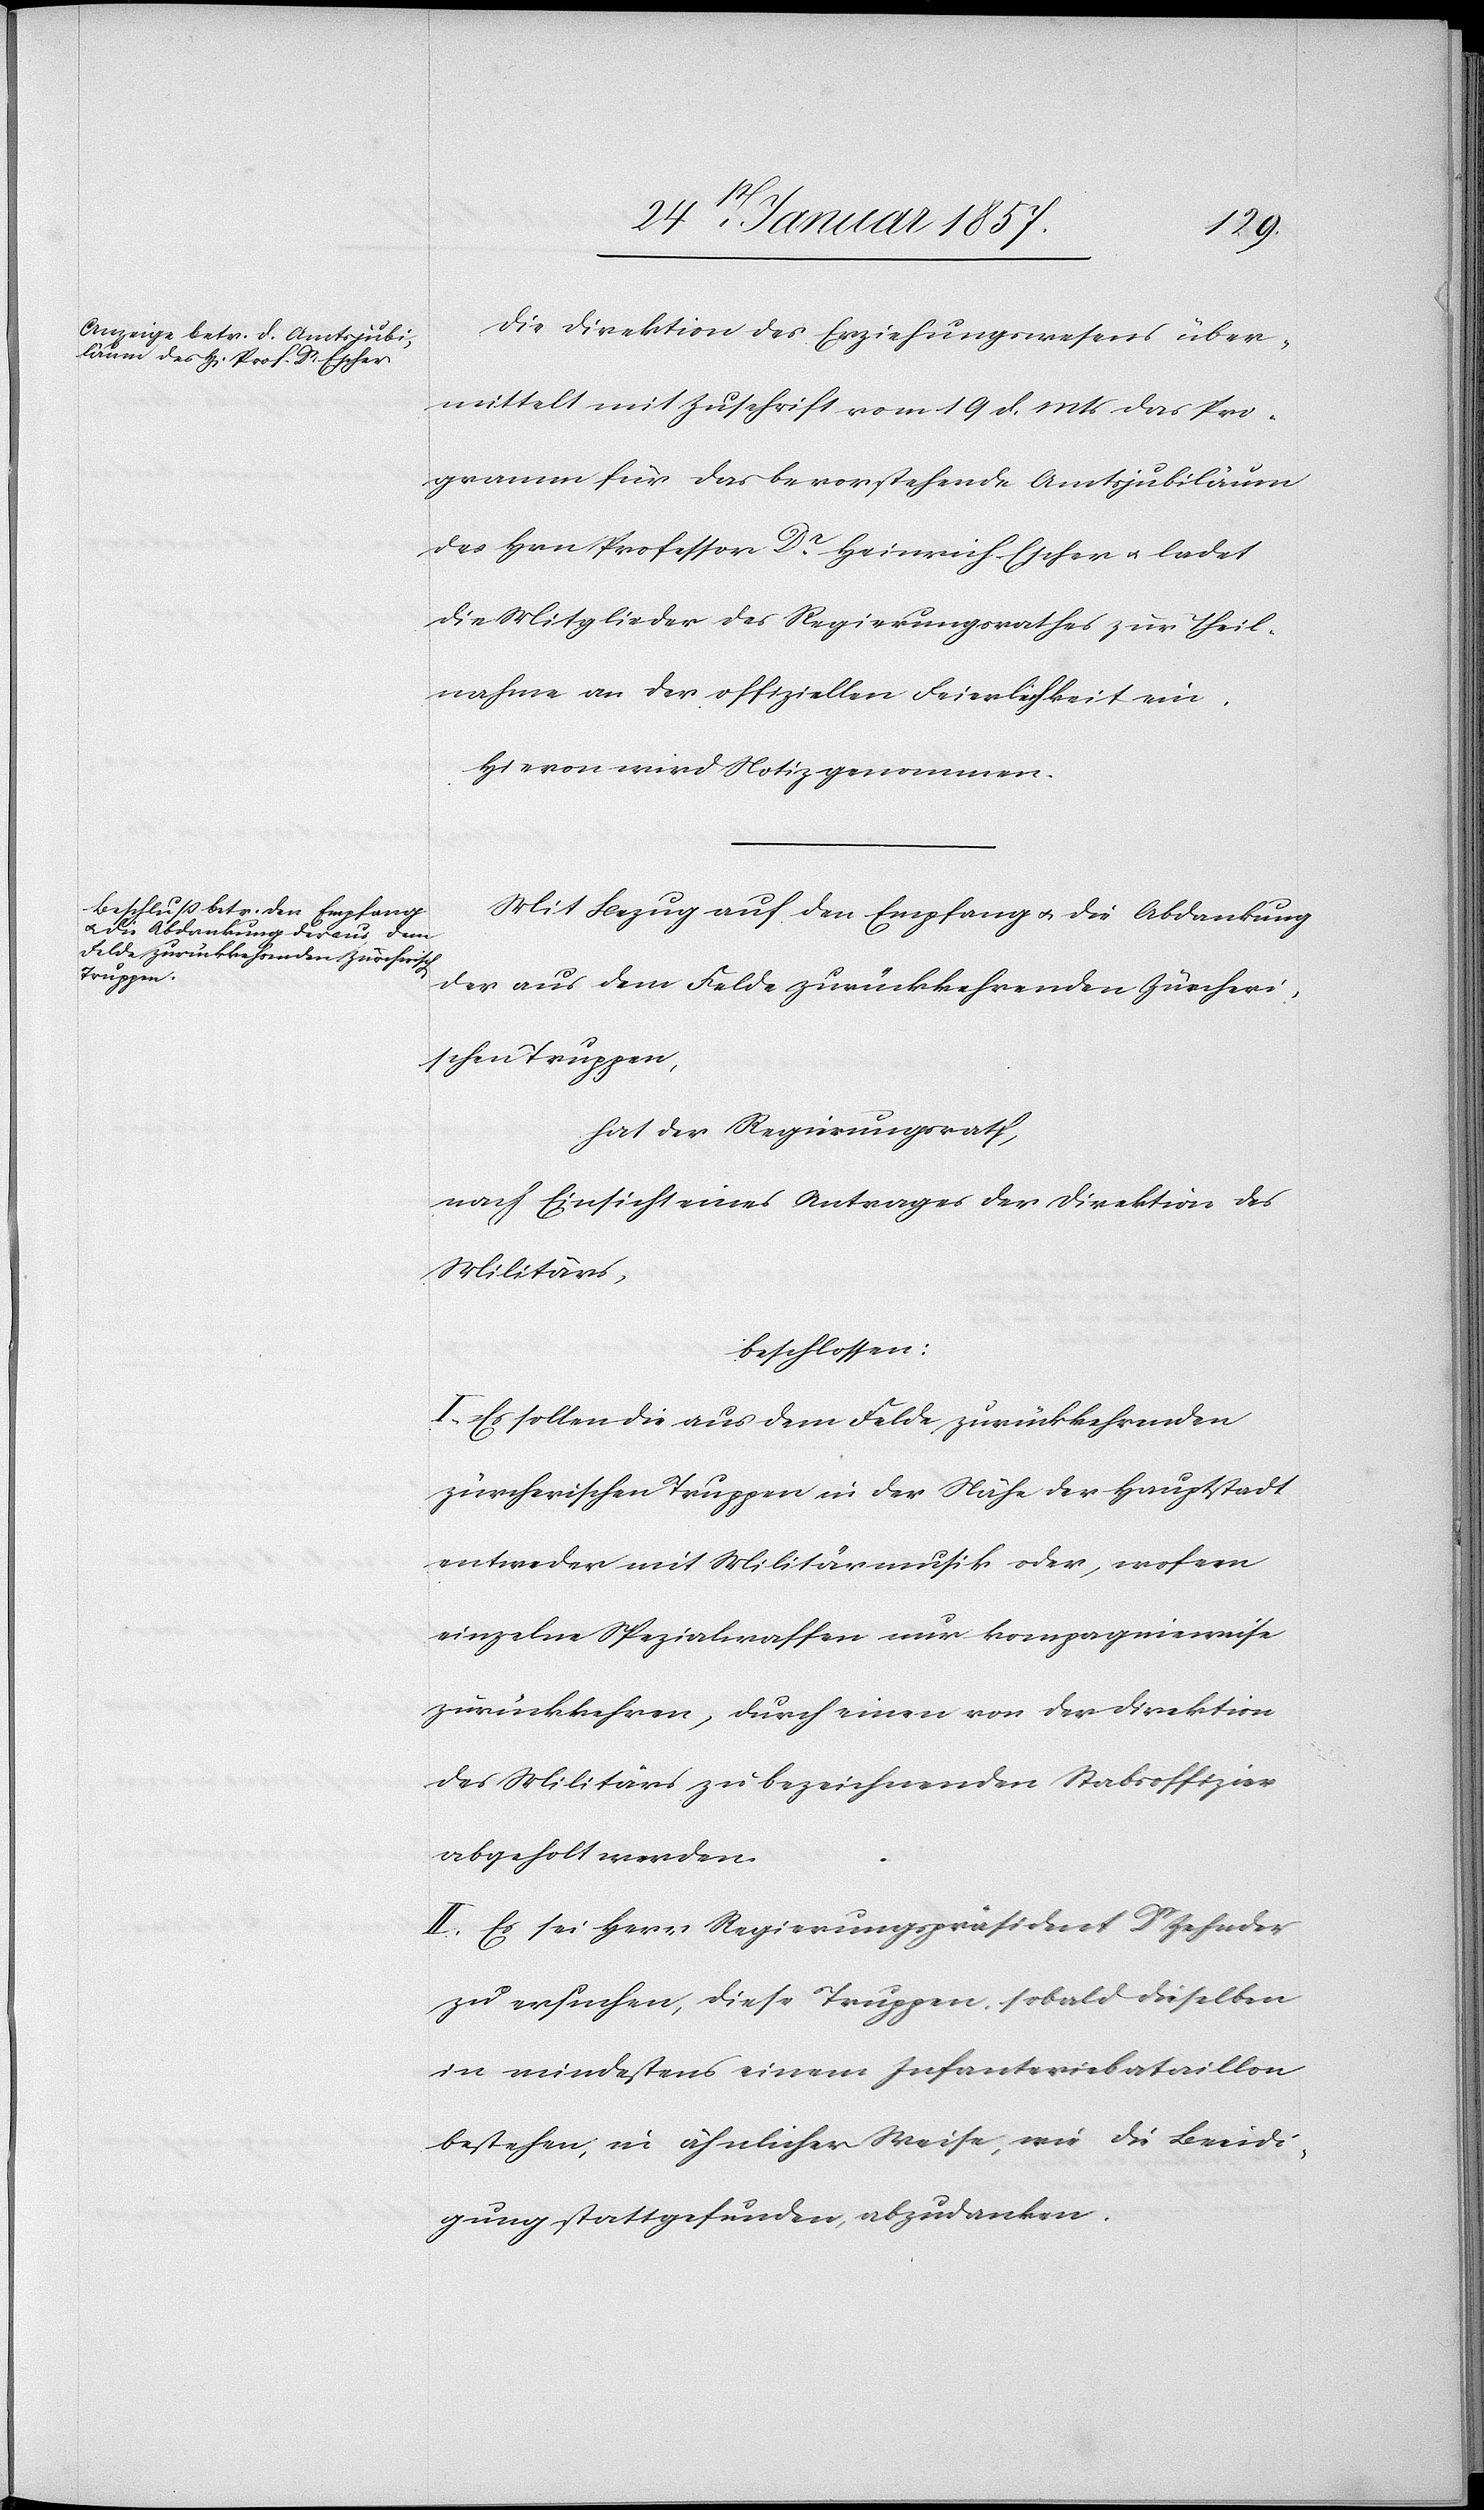
Die Direktion des Erziehungswesens über¬
mittelt mit Zuschrift vom 19 d. Mts das Pro¬
gramm für das bevorstehende Amtsjubiläum
des Hrn Professor Dr. Heinrich Escher u. ladet
die Mitglieder des Regierungsrathes zur Theil¬
nahme an der offiziellen Feierlichkeit ein.
Hievon wird Notiz genommen.
Mit Bezug auf den Empfang u. die Abdankung
der aus dem Felde zurückkehrenden Zürcheri¬
schen Truppen,
hat der Regierungsrath,
nach Einsicht eines Antrages der Direktion des
Militärs,
beschlossen:
I. Es sollen die aus dem Felde zurückkehrenden
zürcherischen Truppen in der Nähe der Hauptstadt
entweder mit Militärmusik oder, wofern
einzelne Spezialwaffen nur kompagnieweise
zurückkehren, durch einen von der Direktion
des Militärs zu Bezeichnenden Stabsoffizier
abgeholt werden.
II. Es sei Herr Regierungspräsident Dr. Zehnder
zu ersuchen, diese Truppen, sobald dieselben
in mindestens einem Infanteriebataillon
bestehen, in ähnlicher Weise, wie die Beeidi¬
gung stattgefunden, abzudanken.